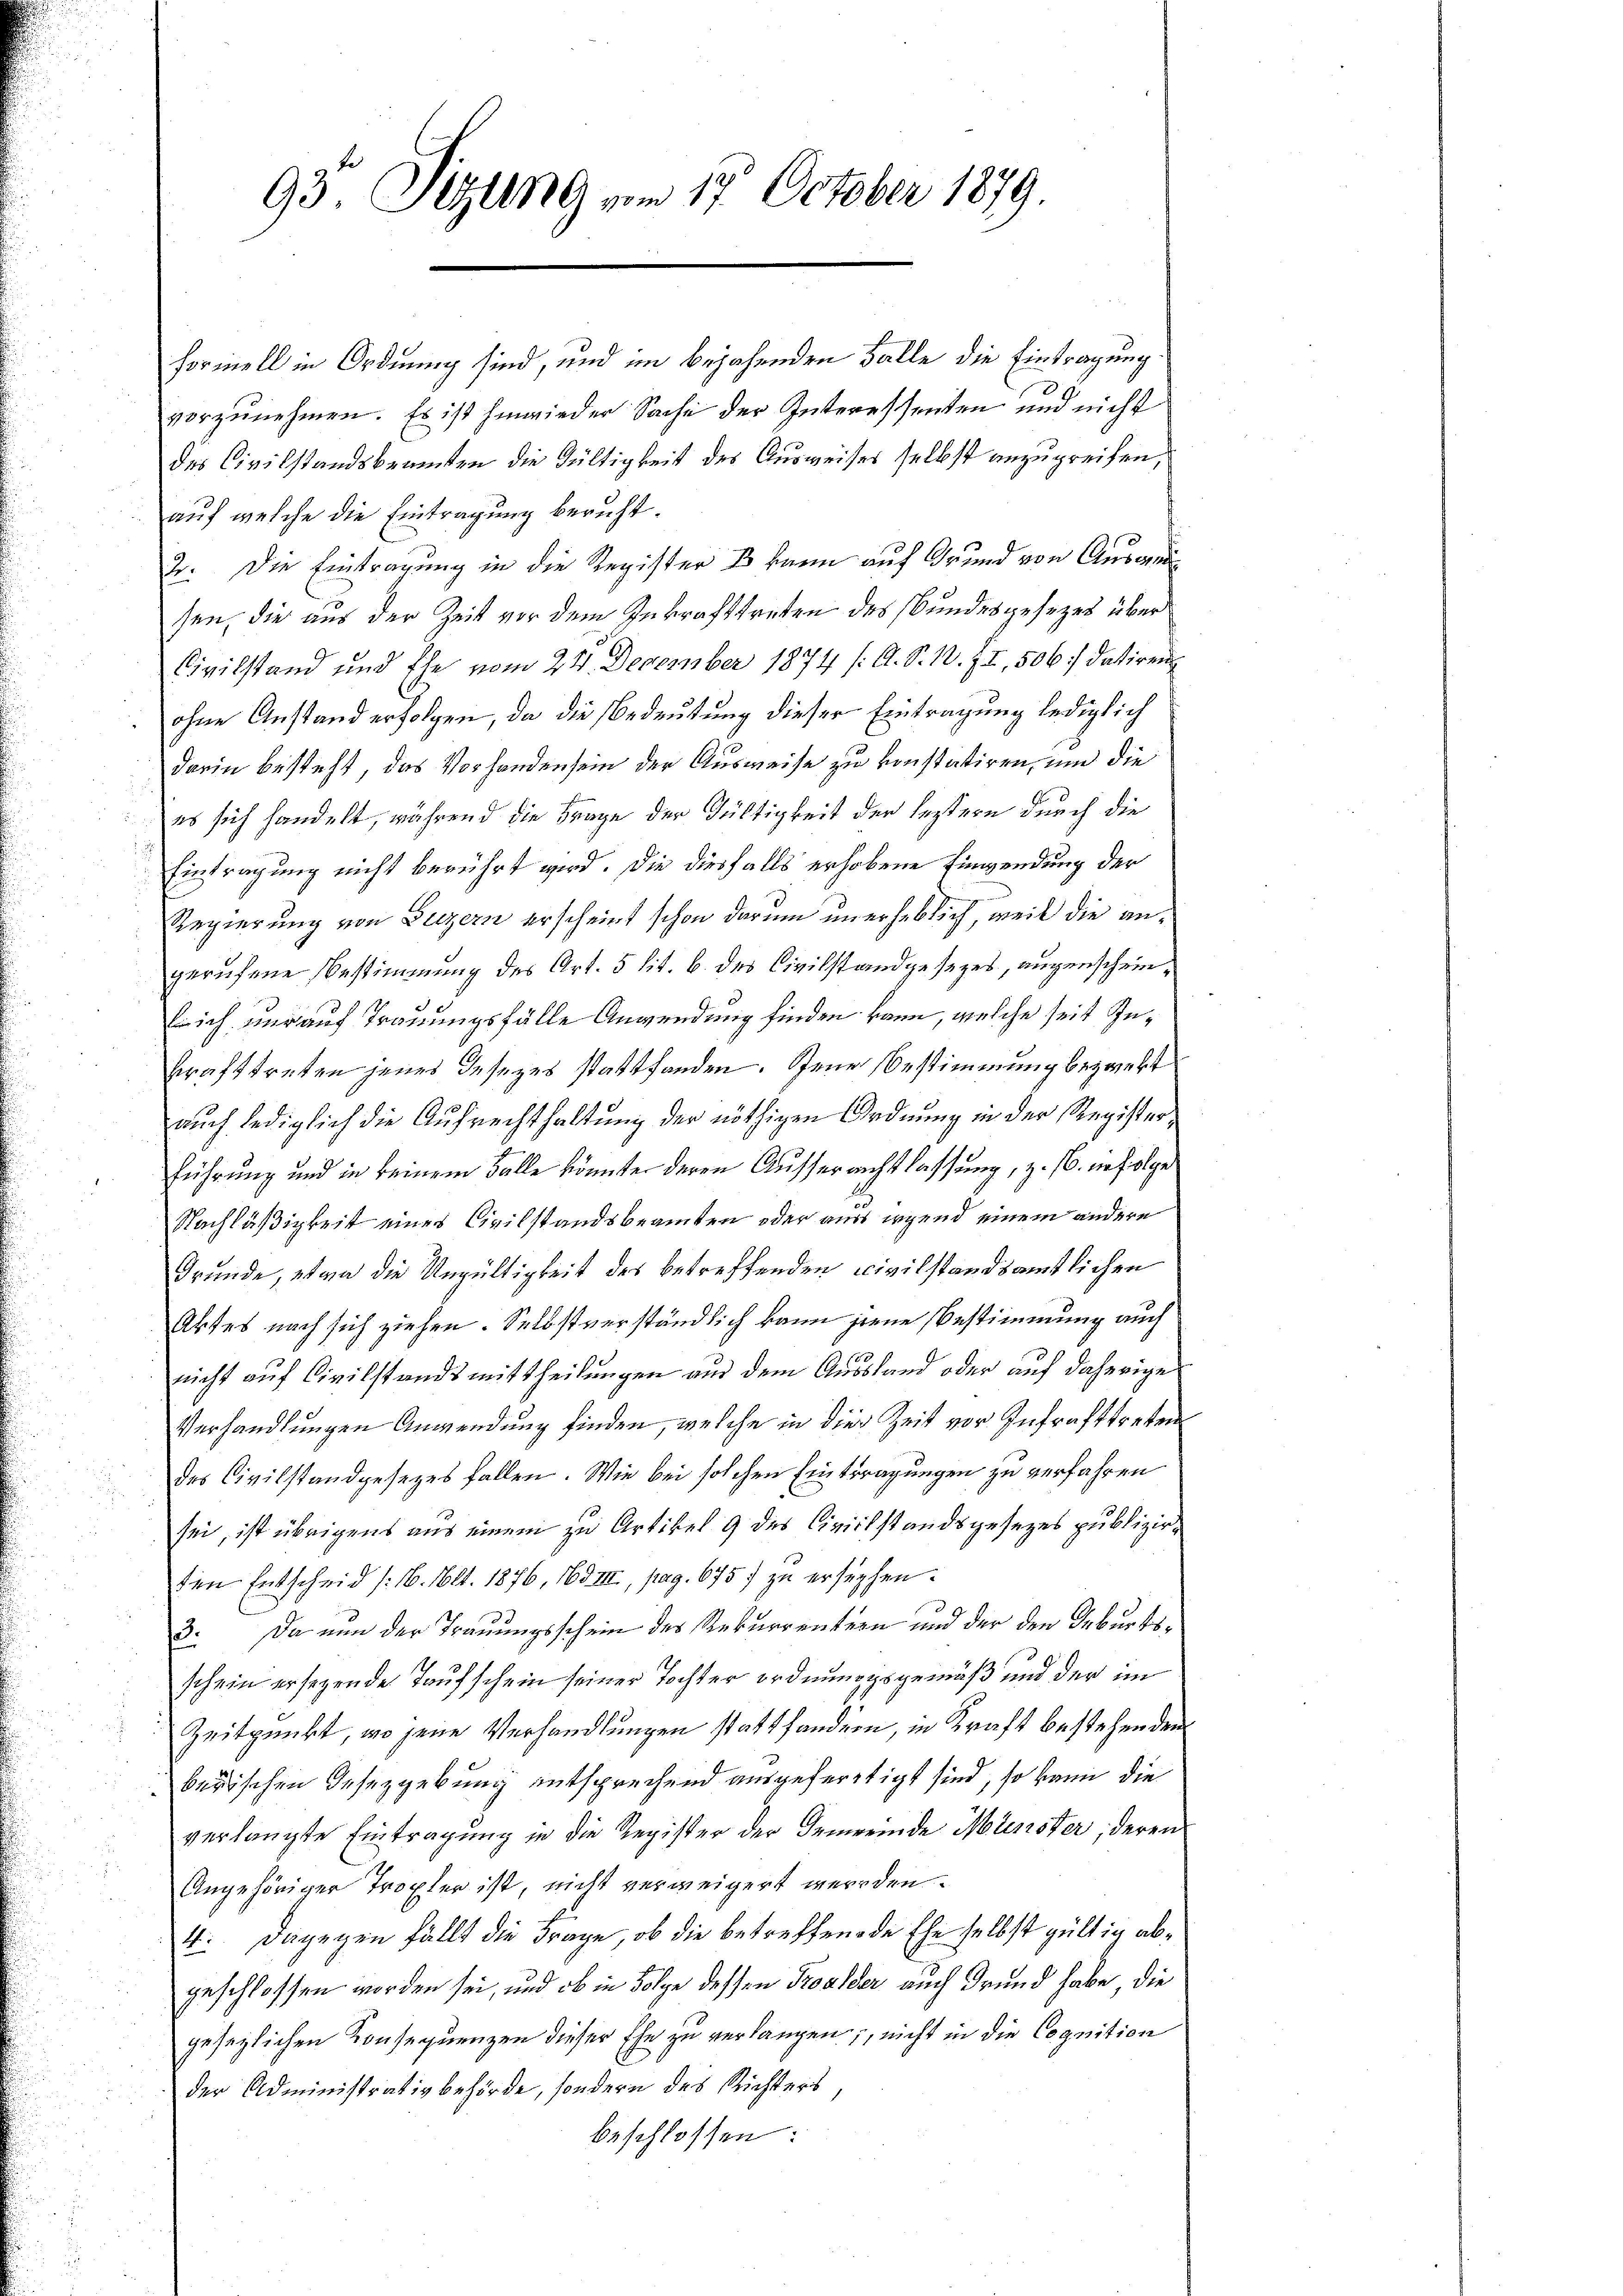
93 Sitzung vom 17. October 1879.

formell in Ordnung sind, und im bejahenden Falle die Eintragung.
vorzunehmen. Es ist hinwieder Sache der Interessenten und nicht
des Civilstandsbeamten die Gültigkeit des Ausweises selbst anzupreifen,
auf welche die Eintragung beruht.
2. Die Eintragung in die Register B kann auf Grund von Ausweisen, die aus der Zeit vor dem Inkrafttreten des Bundesgesezes über
Civilstand und Ehe vom 24. December 1874 /: A. S. 1. II, 506/ datiren
 ohne Anstand erfolgen, da die Bedeutung dieser Eintragung lediglich
darin besteht, das Vorhandensein der Ausweise zu konstatiren, und die
es sich handelt, während die Frage der Gültigkeit der leztere durch die

Eintragung nicht berührt wird. Die diesfalls erhobene Einwendung der
Regierung von Luzern erscheint schon darum unerheblich, weil die angerufene Bestimmung des Art. 5 lit. b. des Civilstandgesezes, augenscheinlich nur auf Trauungsfälle Anwendung finden kann, welche seit Inkrafttreten jenes Gesezes stattfanden. Jene Bestimmung bezwekt
auch lediglich die Aufrechthaltung der nöthigen Ordnung in der Registerführung und in keinem Falle könnte deren Ausserrechtlassung, z. B. infolge
1
Nachläßigkeit eines Civilstandsbeamten oder aus irgend einem andere
Grunde, etwa die Ungültigkeit des betreffenden civilstandsamtlichen
Aktes nach sich ziehen. Selbstverständlich kann jene Bestimmung auch
nicht auf Civilstandsmittheilungen aus dem Aussland oder auf daherige
Verhandlungen Anwendung finden, welche in die Zeit vor Intrafttreten
des Civilstandgesezes fallen. Wie bei solchen Eintragungen zu verfahren
sei, ist übrigens aus einem zu Artikel 9 des Civilstandsgesezes publizirden Entscheid /: 16. Okt. 1876, 163 III, pag. 675. zu ersuchen.
3. Da nun der Trauungsschein des Rekurrentern und der den Geburtsschein ersezende Taufschein seiner Tochter ordnungsgemäß und der im
Zeitpunkt, wo jene Verhandlungen stattfandern, in Kraft bestehenden
berischen Gesezgebung entsprechend ausgefertigt sind, so kann die
verlangte Eintragung in die Register der Gemeinde Münster, deren
Angehöriger Tropter ist, nicht verweigert werden.
4. Dagegen fällt die Frage, ob die betreffende Ehe selbst gültig abgeschlossen worden sei, und ob in Folge dessen Kroalder auch Grund habe, die
gesezlichen Konsequenzen dieser Ehe zu verlangen, nicht in die Cognition
der Administrativbehörde, sondern des Richters,
beschlossen: